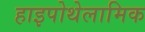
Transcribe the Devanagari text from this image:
हाइपोथेलामिक